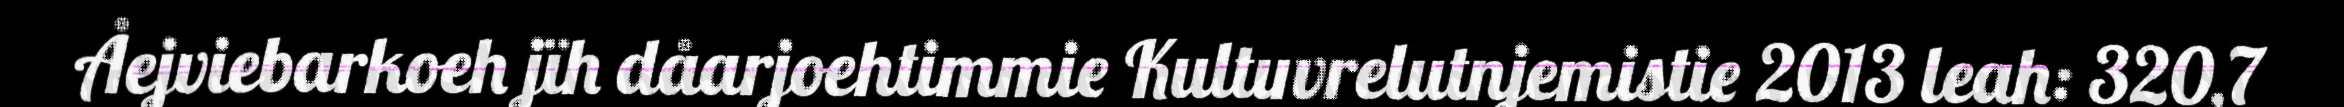
Åejviebarkoeh jïh dåarjoehtimmie Kultuvrelutnjemistie 2013 leah: 320,7